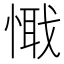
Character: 𢟘